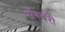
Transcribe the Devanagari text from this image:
अॅस्बरी